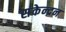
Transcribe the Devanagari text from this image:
संकेन्द्रन